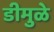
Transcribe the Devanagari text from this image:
डीमुळे